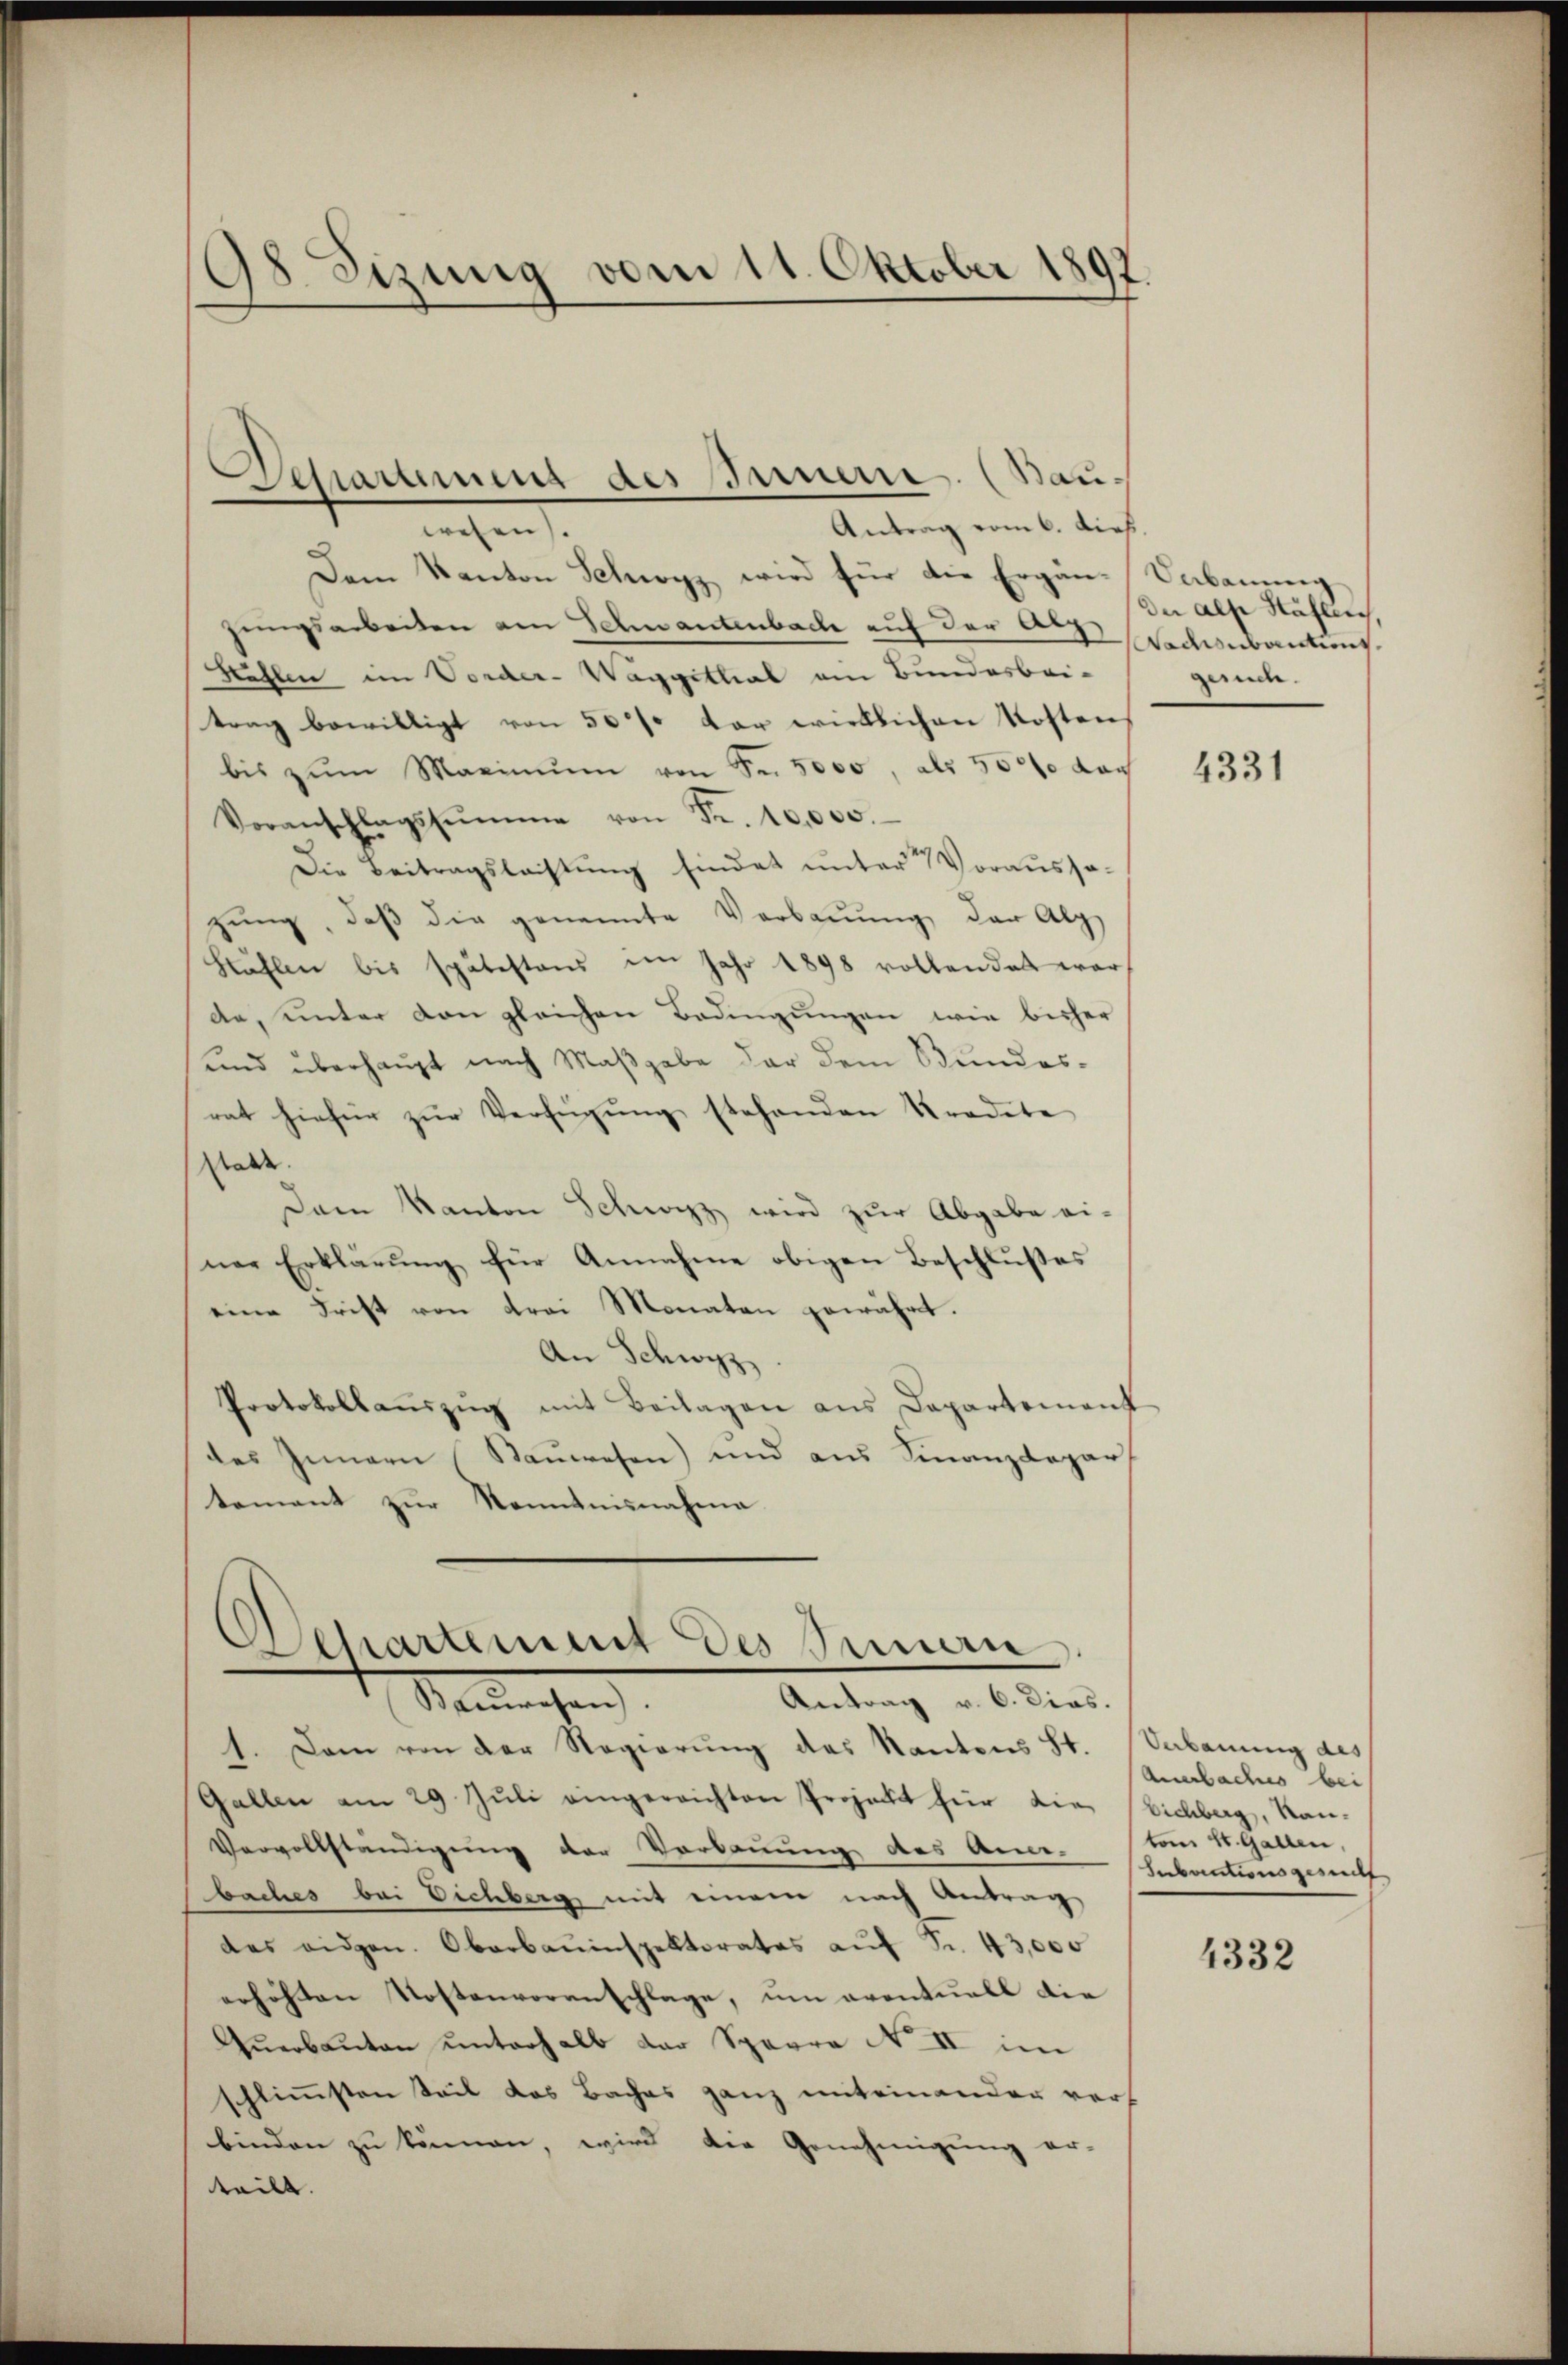
98 Sizung vom 11. Oktober 1897

Schaument des Innern. (Bau¬
Antrag vom 6. dieß.
wesen.

Dem Kanton Schwyz wird für die Ergän-Sabanung
zungsarbeiten am Schwantenbach auf der Arg. Sodenbautung
Kehlen im Vorder-Waggithal am Bundesbei-
trag bewilligt von 50% der wirklichen Kostens
bis zŭm Maximŭm von Fr. 5000, als 50000 dac
Voranschlagssumme von Fr. 10,000.
Die Beitragsleistŭng findet unter Vorausso-
zung, daß die genannte Verbaŭŭng der Alp
Stählen bis spätestens im Jahr 1898 vollendet war
de, unter von gleichen Bedingungen wie bisher
und überhaupt nach Maβgabe der dem Bundes-
rat hiefür zur Verfügung stehenden Kredete
Walde
Dann Kanton Schwyz, wird zur Abgabe ei-
ner Erklärŭng für Annahme obigen Beschlußes
eine Frist von Frei Monaten gewährt.
An Schwyz
Protokollaŭszŭg mit Beilagen aus Dapartement
des Innern (Sauwesen) und aus Finanzdepar
tement zur Kenntnisnahme

Departement des Sinnern
Antrag v. 6. Dias.
Saurechen

h. Dann von der Regierung des Kantons St. Sabauung des
Gallen am 29. Jŭli eingereichten Projekt für die Eichberg, Kan-
Vervollständigung der Verkannung des Anne-
baches bei Dichberg, mit einem nach Antrag
des eidgen. Oberbauinspektorates aŭf Fr. 43,000
erhöhten Kostenvoranschlage, um eventuell die
Qŭerbauten unterhalb der Sparre No II im
schlimmsten Teil das Baches ganz miteinander vers
binden zu können, wird die Genehmigung er-
teilt. |

der als Häflich,
mnen.

4331

Ansbachs bei
ton St. Gallen,
mnenntens gemitt

4332